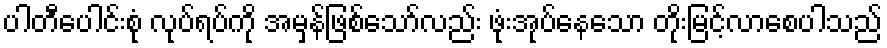
ပါတီပေါင်းစုံ လုပ်ရပ်ကို အမှန်ဖြစ်သော်လည်း ဖုံးအုပ်နေသော တိုးမြင့်လာစေပါသည်